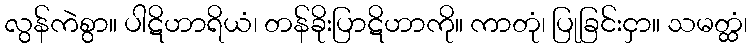
လွန်ကဲစွာ။ ပါဋိဟာရိယံ၊ တန်ခိုးပြာဋိဟာကို။ ကာတုံ၊ ပြုခြင်းငှာ။ သမတ္ထံ၊